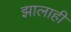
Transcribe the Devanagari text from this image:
झालाही